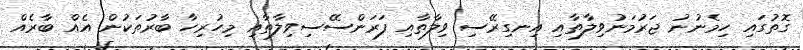
ގޮތުގައި ހިމެނުނު ޖަރުމަނުވިލާތާއި އިނގިރޭސި ވިލާތާއި ފަރަންސޭސިވިލާތާއި މިހުރިހާ ބާރުތަކުން އެއް ބާރެއް